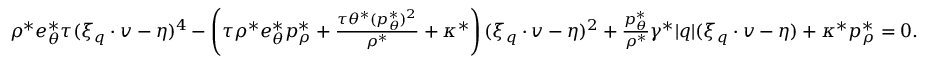
\begin{array} { r } { \rho ^ { \ast } e _ { \theta } ^ { \ast } \tau ( \xi _ { q } \cdot v - \eta ) ^ { 4 } - \left( \tau \rho ^ { \ast } e _ { \theta } ^ { \ast } p _ { \rho } ^ { \ast } + \frac { \tau \theta ^ { \ast } ( p _ { \theta } ^ { \ast } ) ^ { 2 } } { \rho ^ { \ast } } + \kappa ^ { \ast } \right) ( \xi _ { q } \cdot v - \eta ) ^ { 2 } + \frac { p _ { \theta } ^ { \ast } } { \rho ^ { \ast } } \gamma ^ { \ast } | q | ( \xi _ { q } \cdot v - \eta ) + \kappa ^ { \ast } p _ { \rho } ^ { \ast } = 0 . } \end{array}